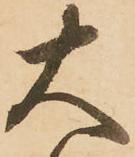
大